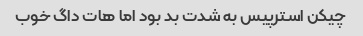
چیکن استرپیس به شدت بد بود‌ اما هات داگ خوب